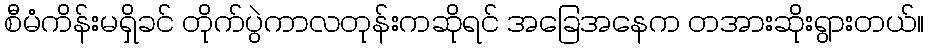
စီမံကိန်းမရှိခင် တိုက်ပွဲကာလတုန်းကဆိုရင် အခြေအနေက တအားဆိုးရွားတယ်။